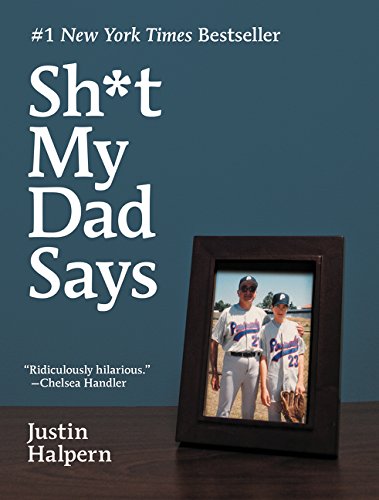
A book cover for Sh*t My Dad Says; Justin Halpern; Humor & Entertainment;